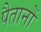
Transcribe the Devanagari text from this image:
पैतानों